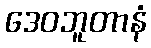
ဒေဝဘူတာနံ